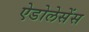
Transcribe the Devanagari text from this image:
ऐडोलेसेंस